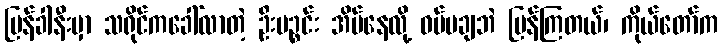
ပြန်ခါနီးမှာ သရိုင်ကခေါ်လာတဲ့ ဦးပဉ္စင်း အိပ်နေလို့ ဝပ်မချဘဲ ပြန်ကြတယ်၊ ကိုယ်တော်က